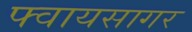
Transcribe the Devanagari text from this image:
फ्वायसागर